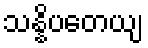
သန္နိပတေယျ